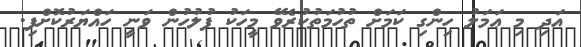
އަދި މި ޢަމަލު ހިންގި ކަމަށް ތުހުމަތުކުރެވޭ މީހަކު ފުލުހުން ވަނީ ހައްޔަރުކޮށްފި.